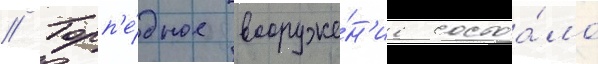
// Торп'е́дное вооруже́н'ие состоа́ло